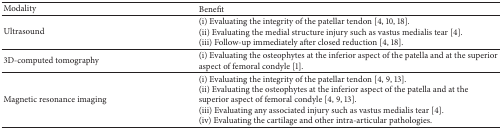
<table><thead><tr><td><b>Modality</b></td><td><b>Benefit</b></td></tr></thead><tbody><tr><td>Ultrasound</td><td>(i) Evaluating the integrity of the patellar tendon [4, 10, 18].(ii) Evaluating the medial structure injury such as vastus medialis tear [4].(iii) Follow-up immediately after closed reduction [4, 18].</td></tr><tr><td>3D-computed tomography</td><td>(i) Evaluating the osteophytes at the inferior aspect of the patella and at the superior aspect of femoral condyle [1].</td></tr><tr><td>Magnetic resonance imaging</td><td>(i) Evaluating the integrity of the patellar tendon [4, 9, 13].(ii) Evaluating the osteophytes at the inferior aspect of the patella and at the superior aspect of femoral condyle [4, 9, 13].(iii) Evaluating any associated injury such as vastus medialis tear [4]. (iv) Evaluating the cartilage and other intra-articular pathologies.</td></tr></tbody></table>